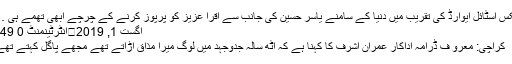
لکس اسٹائل ایوارڈ کی تقریب میں دنیا کے سامنے یاسر حسین کی جانب سے اقرا عزیز کو پرپوز کرنے کے چرچے ابھی تھمے ہی …
اگست 1, 2019	انٹرٹینمنٹ 0 149
کراچی: معرو ف ڈرامہ اداکار عمران اشرف کا کہنا ہے کہ آٹھ سالہ جدوجہد میں لوگ میرا مذاق اڑاتے تھے مجھے پاگل کہتے تھے۔